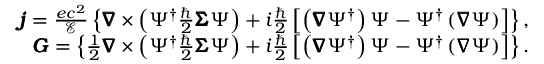
\begin{array} { r l r } & { } & { \pmb { j } = \frac { e c ^ { 2 } } { \mathcal { E } } \left\{ \pmb { \nabla } \times \left( \Psi ^ { \dagger } \frac { \hbar } { 2 } \pmb { \Sigma } \Psi \right) + i \frac { \hbar } { 2 } \left[ \left( \pmb { \nabla } \Psi ^ { \dagger } \right) \Psi - \Psi ^ { \dagger } \left( \pmb { \nabla } \Psi \right) \right] \right\} , } \\ & { } & { \pmb { G } = \left\{ \frac { 1 } { 2 } \pmb { \nabla } \times \left( \Psi ^ { \dagger } \frac { \hbar } { 2 } \pmb { \Sigma } \Psi \right) + i \frac { \hbar } { 2 } \left[ \left( \pmb { \nabla } \Psi ^ { \dagger } \right) \Psi - \Psi ^ { \dagger } \left( \pmb { \nabla } \Psi \right) \right] \right\} . } \end{array}